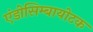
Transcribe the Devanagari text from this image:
एंडोसिम्बायोटक